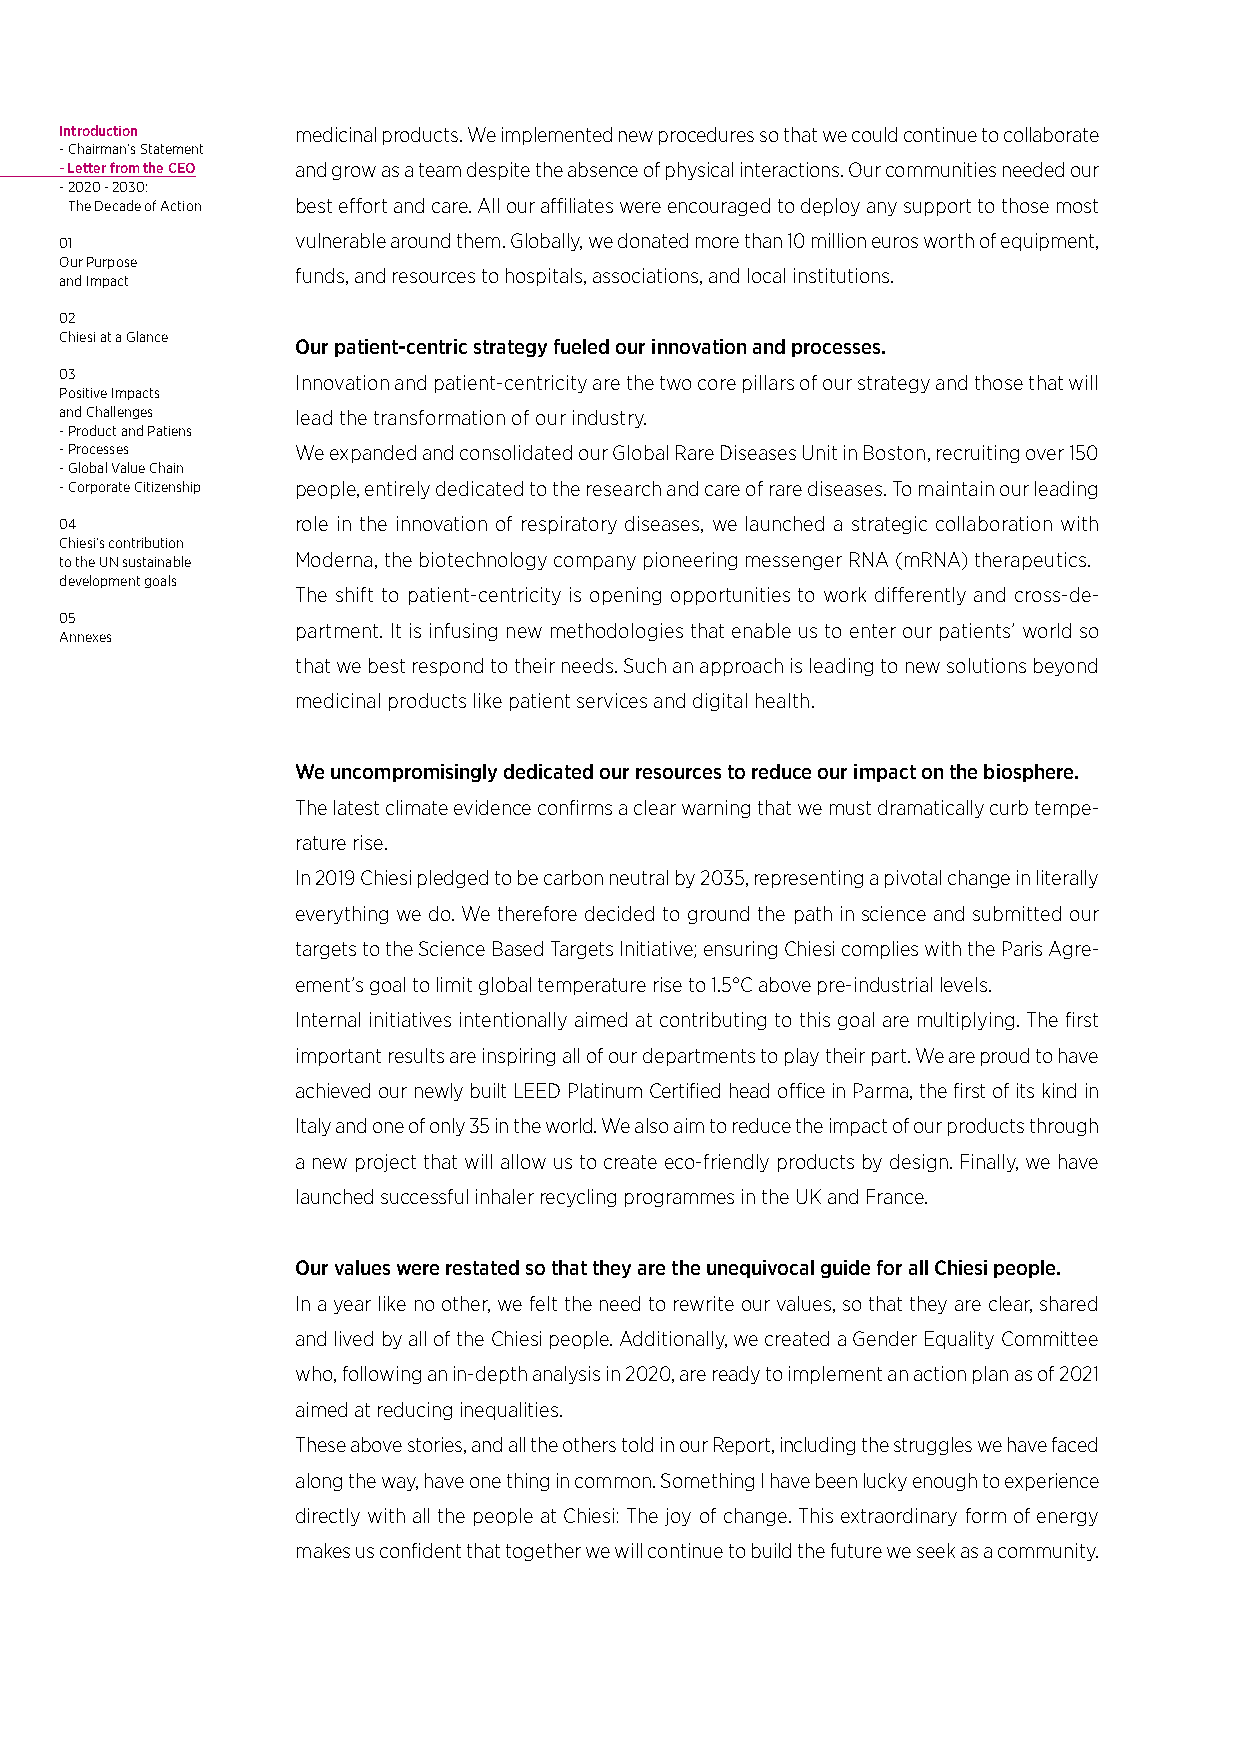
Introduction    medicinal products. We implemented new procedures so that we could continue to collaborate
 - Chairman’s Statement
 - Letter from the CEO and grow as a team despite the absence of physical interactions. Our communities needed our
 - 2020 - 2030:
 The Decade of Action best effort and care. All our affiliates were encouraged to deploy any support to those most
 01              vulnerable around them. Globally, we donated more than 10 million euros worth of equipment,
 Our Purpose
 funds, and resources to hospitals, associations, and local institutions.
 and Impact
 02
 Chiesi at a Glance
 Our patient-centric strategy fueled our innovation and processes.
 03              Innovation and patient-centricity are the two core pillars of our strategy and those that will
 Positive Impacts
 and Challenges  lead the transformation of our industry.
 - Product and Patiens
 - Processes     We expanded and consolidated our Global Rare Diseases Unit in Boston, recruiting over 150
 - Global Value Chain
 - Corporate Citizenship people, entirely dedicated to the research and care of rare diseases. To maintain our leading
 04              role in the innovation of respiratory diseases, we launched a strategic collaboration with
 Chiesi’s contribution
 to the UN sustainable Moderna, the biotechnology company pioneering messenger RNA (mRNA) therapeutics.
 development goals
 The shift to patient-centricity is opening opportunities to work differently and cross-de-
 05
 partment. It is infusing new methodologies that enable us to enter our patients’ world so
 Annexes
 that we best respond to their needs. Such an approach is leading to new solutions beyond
 medicinal products like patient services and digital health.
 We uncompromisingly dedicated our resources to reduce our impact on the biosphere.
 The latest climate evidence confirms a clear warning that we must dramatically curb tempe-
 rature rise.
 In 2019 Chiesi pledged to be carbon neutral by 2035, representing a pivotal change in literally
 everything we do. We therefore decided to ground the path in science and submitted our
 targets to the Science Based Targets Initiative; ensuring Chiesi complies with the Paris Agre-
 ement’s goal to limit global temperature rise to 1.5°C above pre-industrial levels.
 Internal initiatives intentionally aimed at contributing to this goal are multiplying. The first
 important results are inspiring all of our departments to play their part. We are proud to have
 achieved our newly built LEED Platinum Certified head office in Parma, the first of its kind in
 Italy and one of only 35 in the world. We also aim to reduce the impact of our products through
 a new project that will allow us to create eco-friendly products by design. Finally, we have
 launched successful inhaler recycling programmes in the UK and France.
 Our values were restated so that they are the unequivocal guide for all Chiesi people.
 In a year like no other, we felt the need to rewrite our values, so that they are clear, shared
 and lived by all of the Chiesi people. Additionally, we created a Gender Equality Committee
 who, following an in-depth analysis in 2020, are ready to implement an action plan as of 2021
 aimed at reducing inequalities.
 These above stories, and all the others told in our Report, including the struggles we have faced
 along the way, have one thing in common. Something I have been lucky enough to experience
 directly with all the people at Chiesi: The joy of change. This extraordinary form of energy
 makes us confident that together we will continue to build the future we seek as a community.